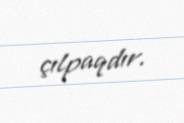
çılpaqdır.